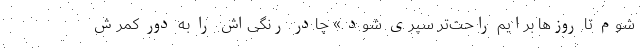
شوم تا روزها برایم راحت‌تر سپری شود.» چادر رنگی‌اش را به دور کمرش